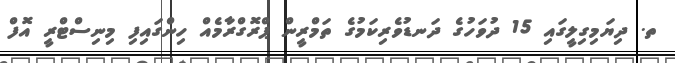
ތ. ދިޔަމިގިލީގައި 15 ދުވަހުގެ ދަނޑުވެރިކަމުގެ ތަމްރީން ޕްރޮގްރާމެއް ހިންގައިފި މިނިސްޓްރީ އޮފް